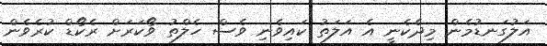
އަލުގަނޑުމެން މިދެކެނީ އެ އަލަތު ކައިވެނި ވެސް ހެލްތު ވޯކަރަށް ރެކޯޑް ކުރެވެން